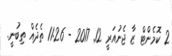
2 ކޮމެންޓް ޒާ ޖެނުއަރީ 12